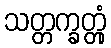
သတ္တက္ခတ္တုံ